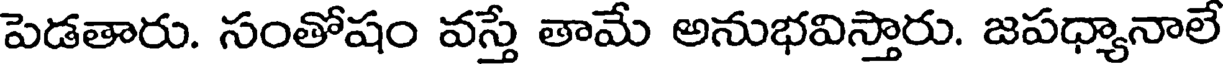
పెడతారు. సంతోషం వస్తే తామే అనుభవిస్తారు. జపధ్యానాలే